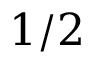
1 / 2